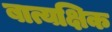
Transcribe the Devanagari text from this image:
बात्यक्षिक